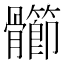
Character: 𩪶